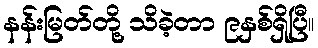
နန်းမြတ်တို့ သိခဲ့တာ ၉နှစ်ရှိပြီ။